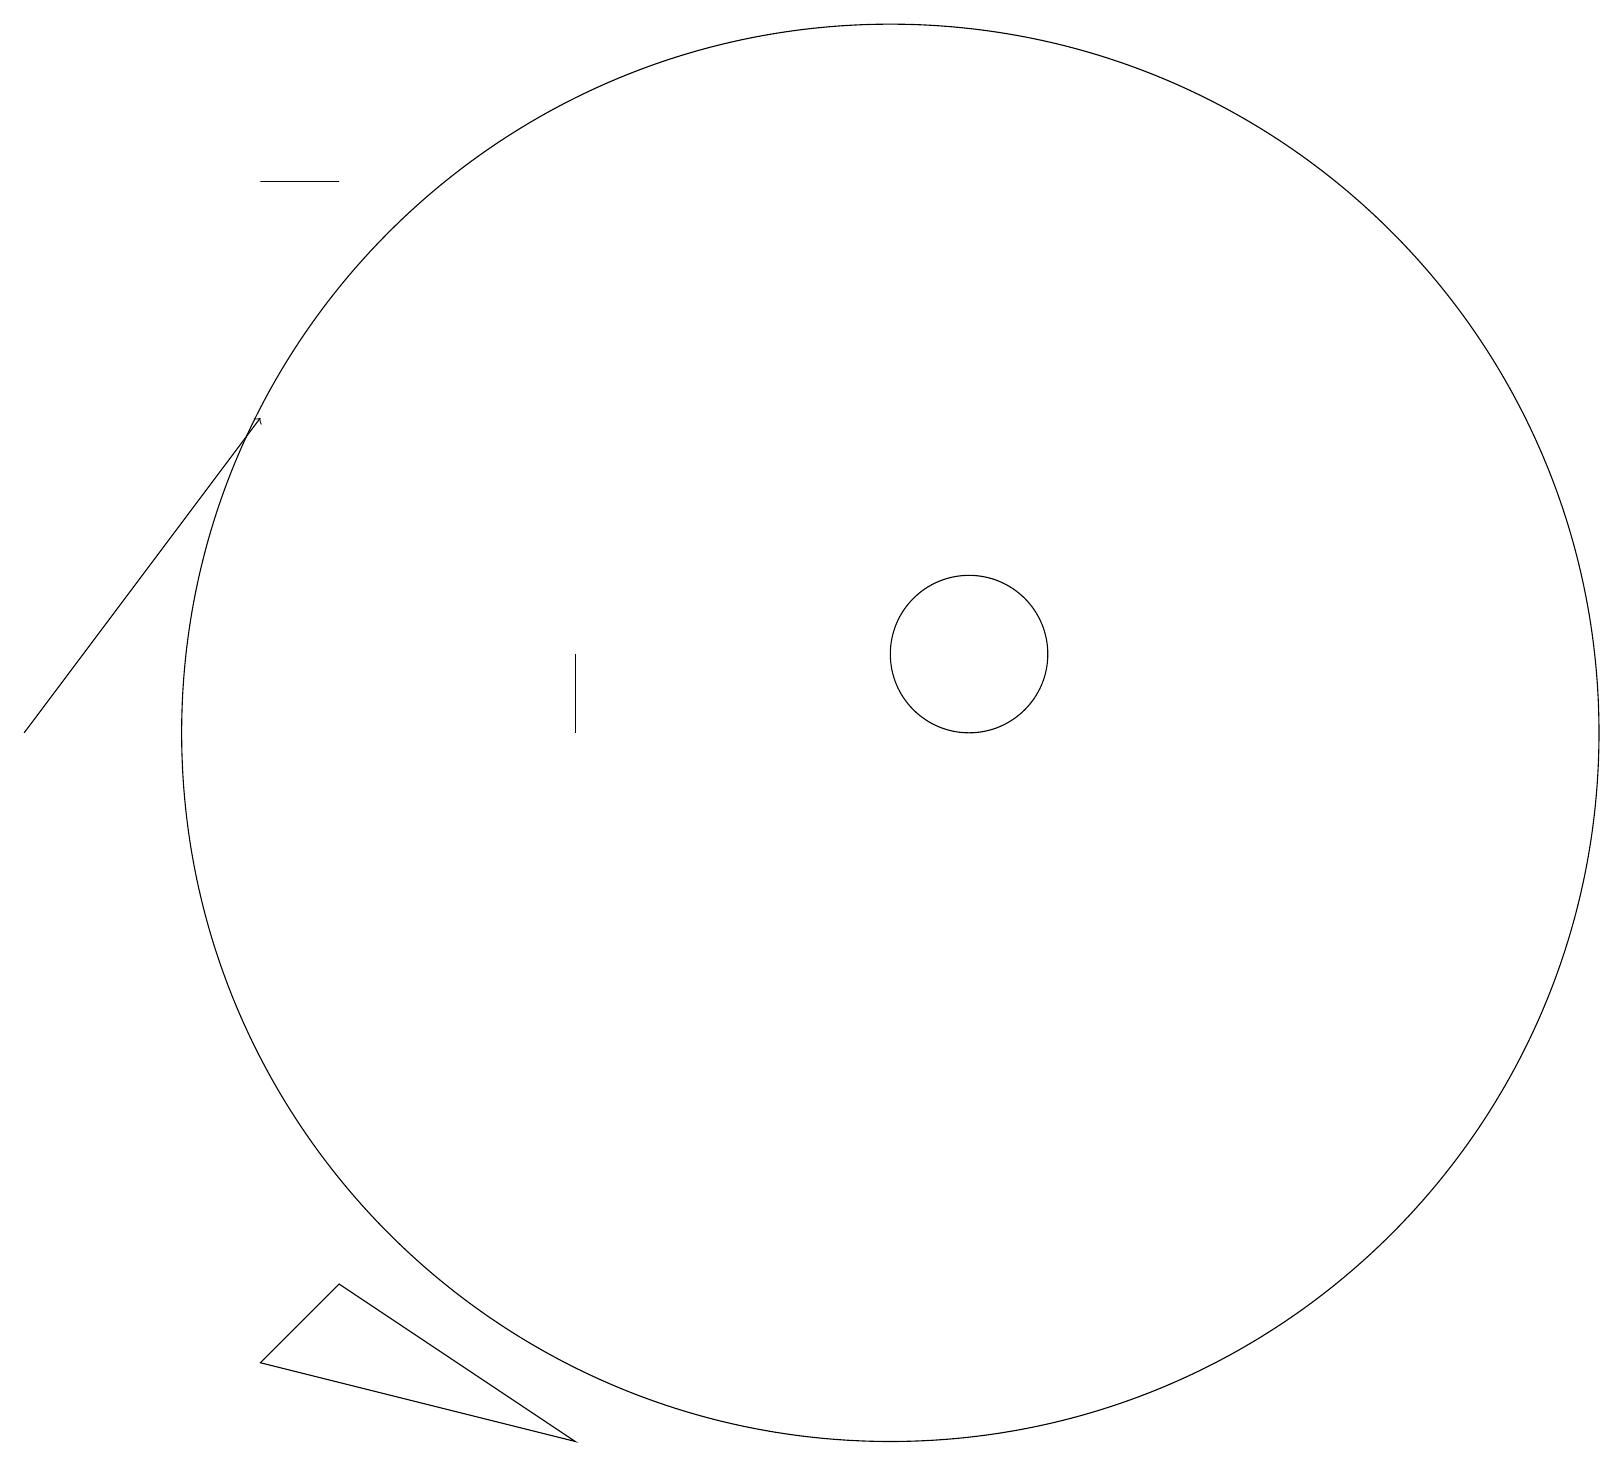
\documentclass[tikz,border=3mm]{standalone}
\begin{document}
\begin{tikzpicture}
\draw (11,10) circle (9);
\draw[->] (0,10) -- (3,14);
\draw (7,11) rectangle (7,10);
\draw (3,17) rectangle (4,17);
\draw (7,1) -- (4,3) -- (3,2) -- cycle;
\draw (12,11) circle (1);
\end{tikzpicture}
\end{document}